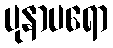
ပုနာပရော